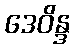
ဒေဝိန္ဒ